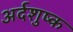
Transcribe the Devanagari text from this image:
अर्दशुष्क